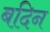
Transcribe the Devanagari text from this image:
बदिन